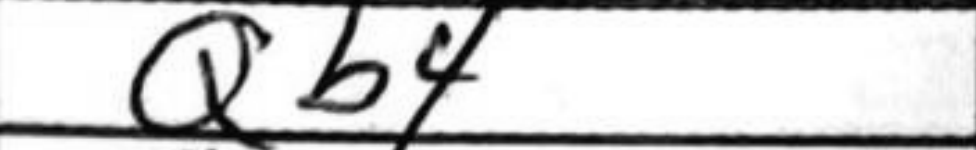
Transcription: Qb4